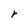
Character: r